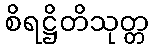
စိရဋ္ဌိတိသုတ္တ